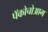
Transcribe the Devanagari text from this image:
पॅकोचोआग